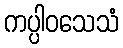
ကပ္ပါဝသေသံ